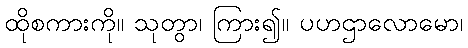
ထိုစကားကို။ သုတွာ၊ ကြား၍။ ပဟဌာလောမော၊